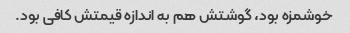
خوشمزه بود، گوشتش هم به اندازه قیمتش کافی بود.